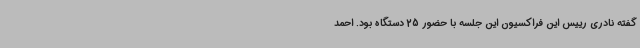
گفته نادری رییس این فراکسیون این جلسه با حضور 25 دستگاه بود. احمد